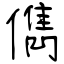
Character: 儁